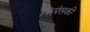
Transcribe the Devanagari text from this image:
फिपेसकी